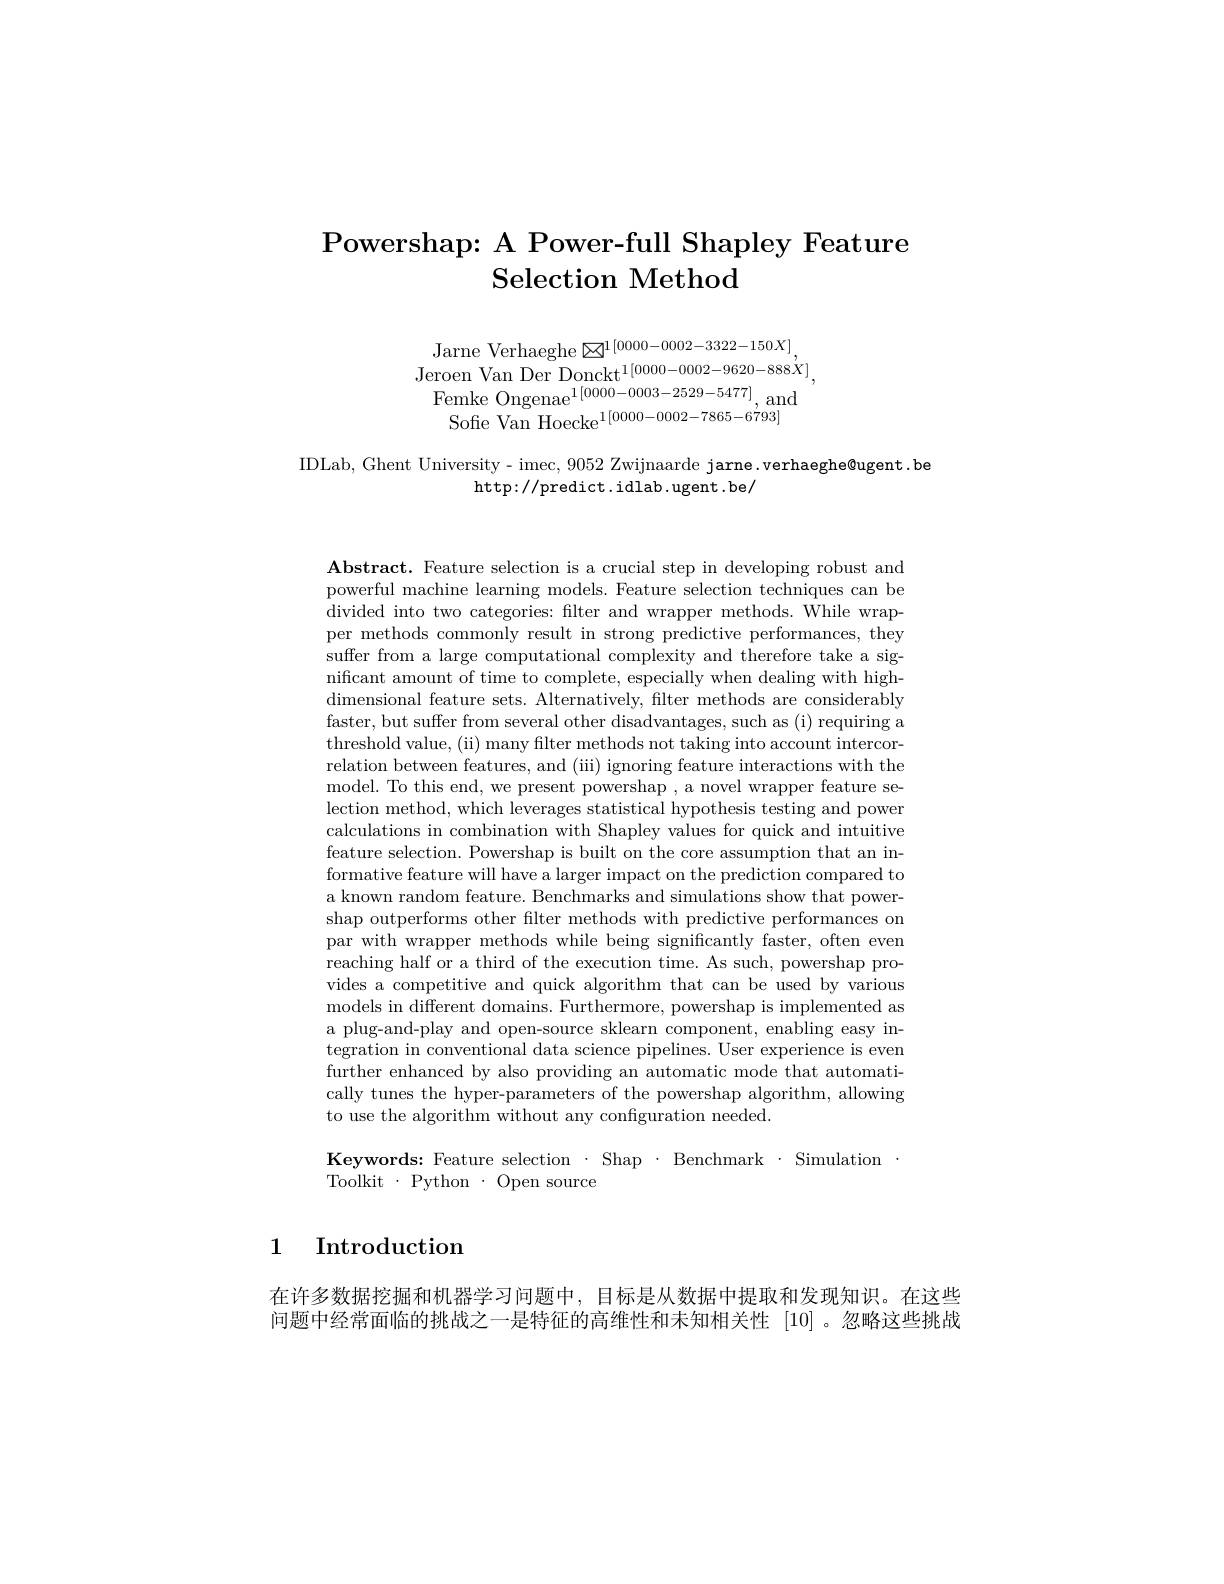
# Powershap: A Power-full Shapley Feature Selection Method

Jarne Verhaeghe $\boxtimes^{1[0000-0002-3322-150X]}$,
Jeroen Van Der Donckt$^{1[0000-0002-9620-888\dot{X}]}$,
$\begin{array}{c}{\mathrm{Femke~Ongenae}^{1[0000-0003-2529-5477]},\mathrm{and}}\\{\mathrm{Sofie~Van~Hoecke}^{1[0000-0002-7865-6793]}}\end{array}$

IDLab, Ghent University- imec, 9052 Zwijnaarde jarne.verhaeghe@ugent. be
http: / / predict. idlab. ugent. be/

Abstract. Feature selection is a crucial step in developing robust and powerful machine learning models. Feature selection techniques can be divided into two categories: filter and wrapper methods. While wrapper methods commonly result in strong predictive performances, they suffer from a large computational complexity and therefore take a significant amount of time to complete, especially when dealing with highdimensional feature sets. Alternatively, filter methods are considerably faster, but suffer from several other disadvantages, such as (i) requiring a threshold value, (ii) many filter methods not taking into account intercorrelation between features, and (iii) ignoring feature interactions with the model. To this end, we present powershap , a novel wrapper feature selection method, which leverages statistical hypothesis testing and power calculations in combination with Shapley values for quick and intuitive feature selection. Powershap is built on the core assumption that an informative feature will have a larger impact on the prediction compared to a known random feature. Benchmarks and simulations show that powershap outperforms other filter methods with predictive performances on par with wrapper methods while being significantly faster, often even reaching half or a third of the execution time. As such, powershap provides a competitive and quick algorithm that can be used by various models in different domains. Furthermore, powershap is implemented as a plug-and-play and open-source sklearn component, enabling easy integration in conventional data science pipelines. User experience is even further enhanced by also providing an automatic mode that automatically tunes the hyper-parameters of the powershap algorithm, allowing to use the algorithm without any configuration needed
$\begin{array}{ll}{\mathbf{Keywords:~Feature~selection~\cdot~Shap~\cdot~Benchmark~\cdot~Simulation}}\\{\mathrm{Toolkit~\cdot~Pvthon~\cdot~Open~source}}\end{array}$

1 Introduction

在许多数据挖掘和机器学习问题中，目标是从数据中提取和发现知识。在这些问题中经常面临的挑战之一是特征的高维性和未知相关性[10] 。忽略这些挑战